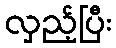
လှည့်ပြီး